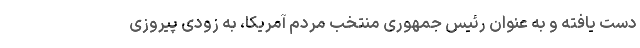
دست یافته و به عنوان رئیس جمهوری منتخب مردم آمریکا، به زودی پیروزی